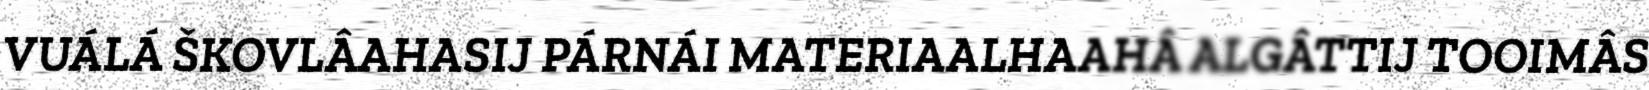
VUÁLÁ ŠKOVLÂAHASIJ PÁRNÁI MATERIAALHAAHÂ ALGÂTTIJ TOOIMÂS